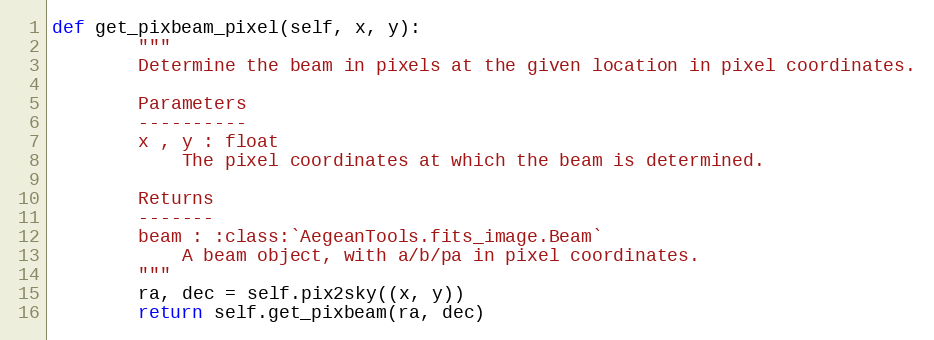
Language: Python
def get_pixbeam_pixel(self, x, y):
        """
        Determine the beam in pixels at the given location in pixel coordinates.

        Parameters
        ----------
        x , y : float
            The pixel coordinates at which the beam is determined.

        Returns
        -------
        beam : :class:`AegeanTools.fits_image.Beam`
            A beam object, with a/b/pa in pixel coordinates.
        """
        ra, dec = self.pix2sky((x, y))
        return self.get_pixbeam(ra, dec)